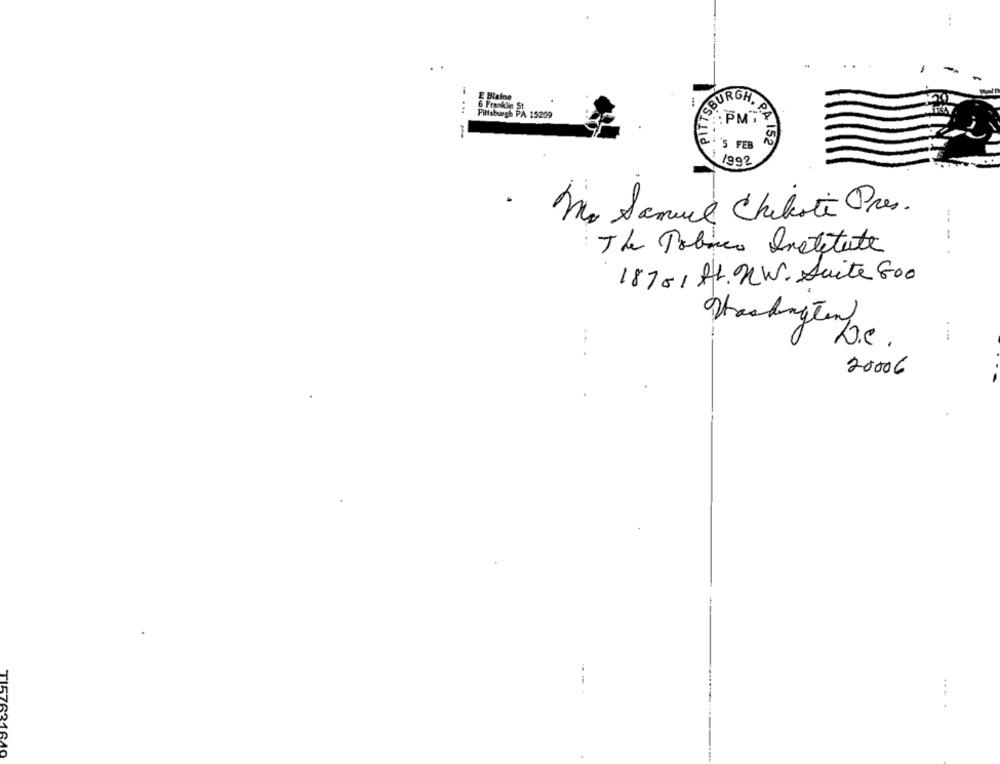
PITTSB
-
SBURGH. P
SAPMIT
5
Q'S FEB
QA 152
1992
.
Mo Samuel Chikote Pres.
-
The Tobaco Institute
18701 H1. WW. Suite 800
Washington
W.e .
20006
...